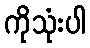
ကိုသုံးပါ